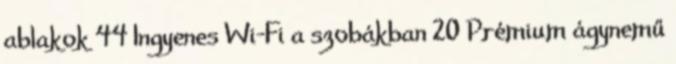
ablakok 44 Ingyenes Wi-Fi a szobákban 20 Prémium ágynemű